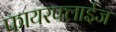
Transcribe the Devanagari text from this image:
फायरफ्लाईज